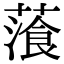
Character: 𦻂